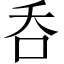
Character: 呑